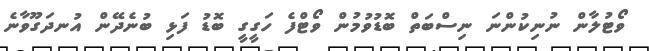
ވޯޓުލާން ނުނިކުންނަ ނިސްބަތް ބޮޑުވުމުން ވޯޓްފެ ހަގީގީ ބޮޑު ފަޅި ބުނެދޭން އުނދަގޫވާނެ